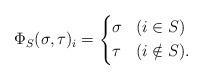
LaTeX: \begin{align*}&\Phi_S(\sigma, \tau)_i = \left\{\begin{aligned}& \sigma & &(i \in S) \\& \tau & &(i \notin S).\end{aligned} \right.\end{align*}